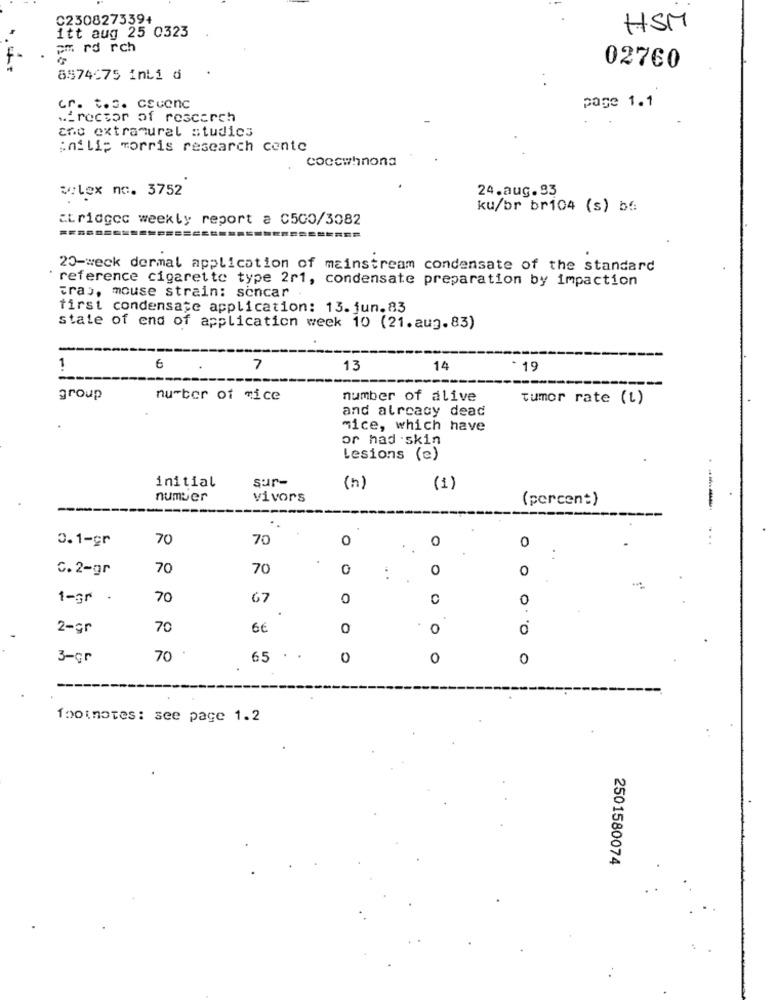
C2308273394
itt aug 25 0323
HSM
Em rd rch
02760
8974675 inti d
cr. t.s. csuenc
page 1.1
Mirecsor of rescarch
año extramural studies
;nilip morris research cente
coccwhnona
alex no. 3752
24.aug.93
ku/br br104 (s) bf
abridgec weekly report a C500/3082
20-weck dermal application of mainstream condensate of the standard
reference cigarette type 2r1, condensate preparation by impaction
Fras, mouse strain: soncar
first condensate application: 13. jun.83
state of end of application weck 10 (21.aug.83)
1
6
7
13
14
- 19
group
number of mice
number of alive
tumor rate (t)
and already dead
mice, which have
or had .skin
Lesions (e)
initial
sur-
(n)
(1)
number
vivors
(percent)
----------
".
0.1-gr
70
70
0
0
...
0
..
C. 2-gr
70
70
0
0
0
1-gr .
70
67
0
0
2-gr
70
6€
0
0
0
3-gr
70
65
0
0
0
footnotes: see page 1.2
2501580074